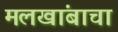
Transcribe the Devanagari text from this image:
मलखांबाचा